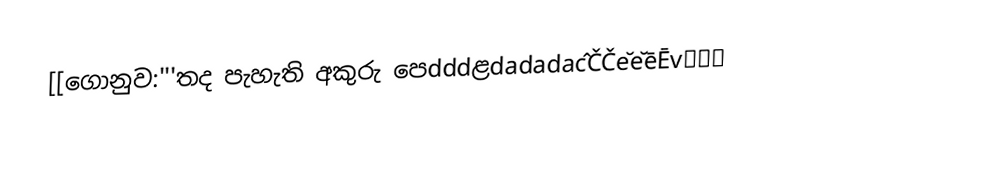
[[ගොනුව:'''තද පැහැති අකුරු පෙdddළdadadaĉČČĕĕēĒvɱ̍ʍ